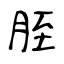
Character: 胵